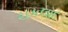
ચકલાદ